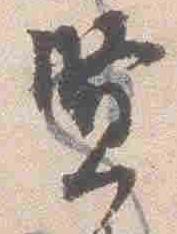
賢